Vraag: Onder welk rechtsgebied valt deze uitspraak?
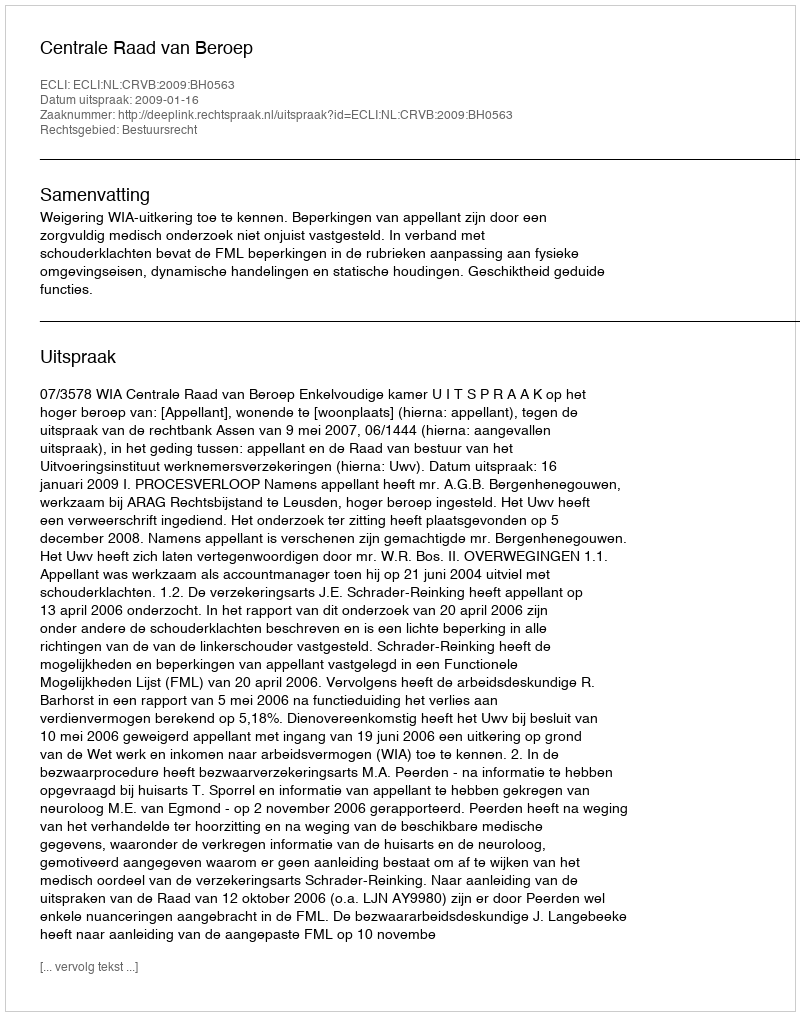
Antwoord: Bestuursrecht